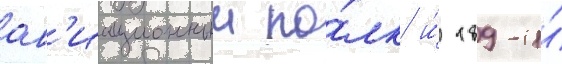
ав'иационныи по́лк и́ 189-и́